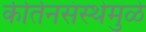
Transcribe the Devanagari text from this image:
कीर्तनसंस्थेमुळे